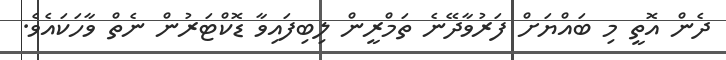
ދެން އޮތީ މި ބައްޔަށް ފަރުވާދޭނެ ތަމްރީން ލިބިފައިވާ ޑޮކްޓަރުން ނެތް ވާހަކައެވެ.